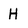
Character: H